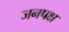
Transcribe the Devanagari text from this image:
जनपक्ष